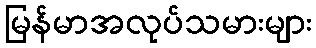
မြန်မာအလုပ်သမားများ